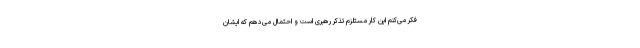
فکر می‌کنم این کار مستلزم تذکر رهبری است و احتمال می‌دهم که ایشان